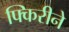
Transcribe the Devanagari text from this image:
फ्किरीने